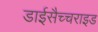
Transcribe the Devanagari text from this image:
डाईसैच्चराइड